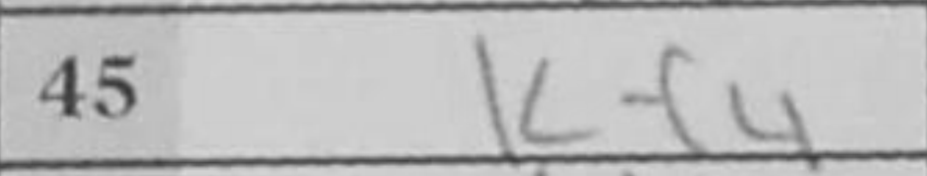
Transcription: Kf4